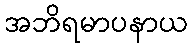
အဘိရမာပနာယ